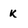
Character: k